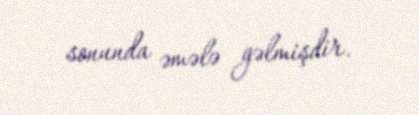
sonunda əmələ gəlmişdir.